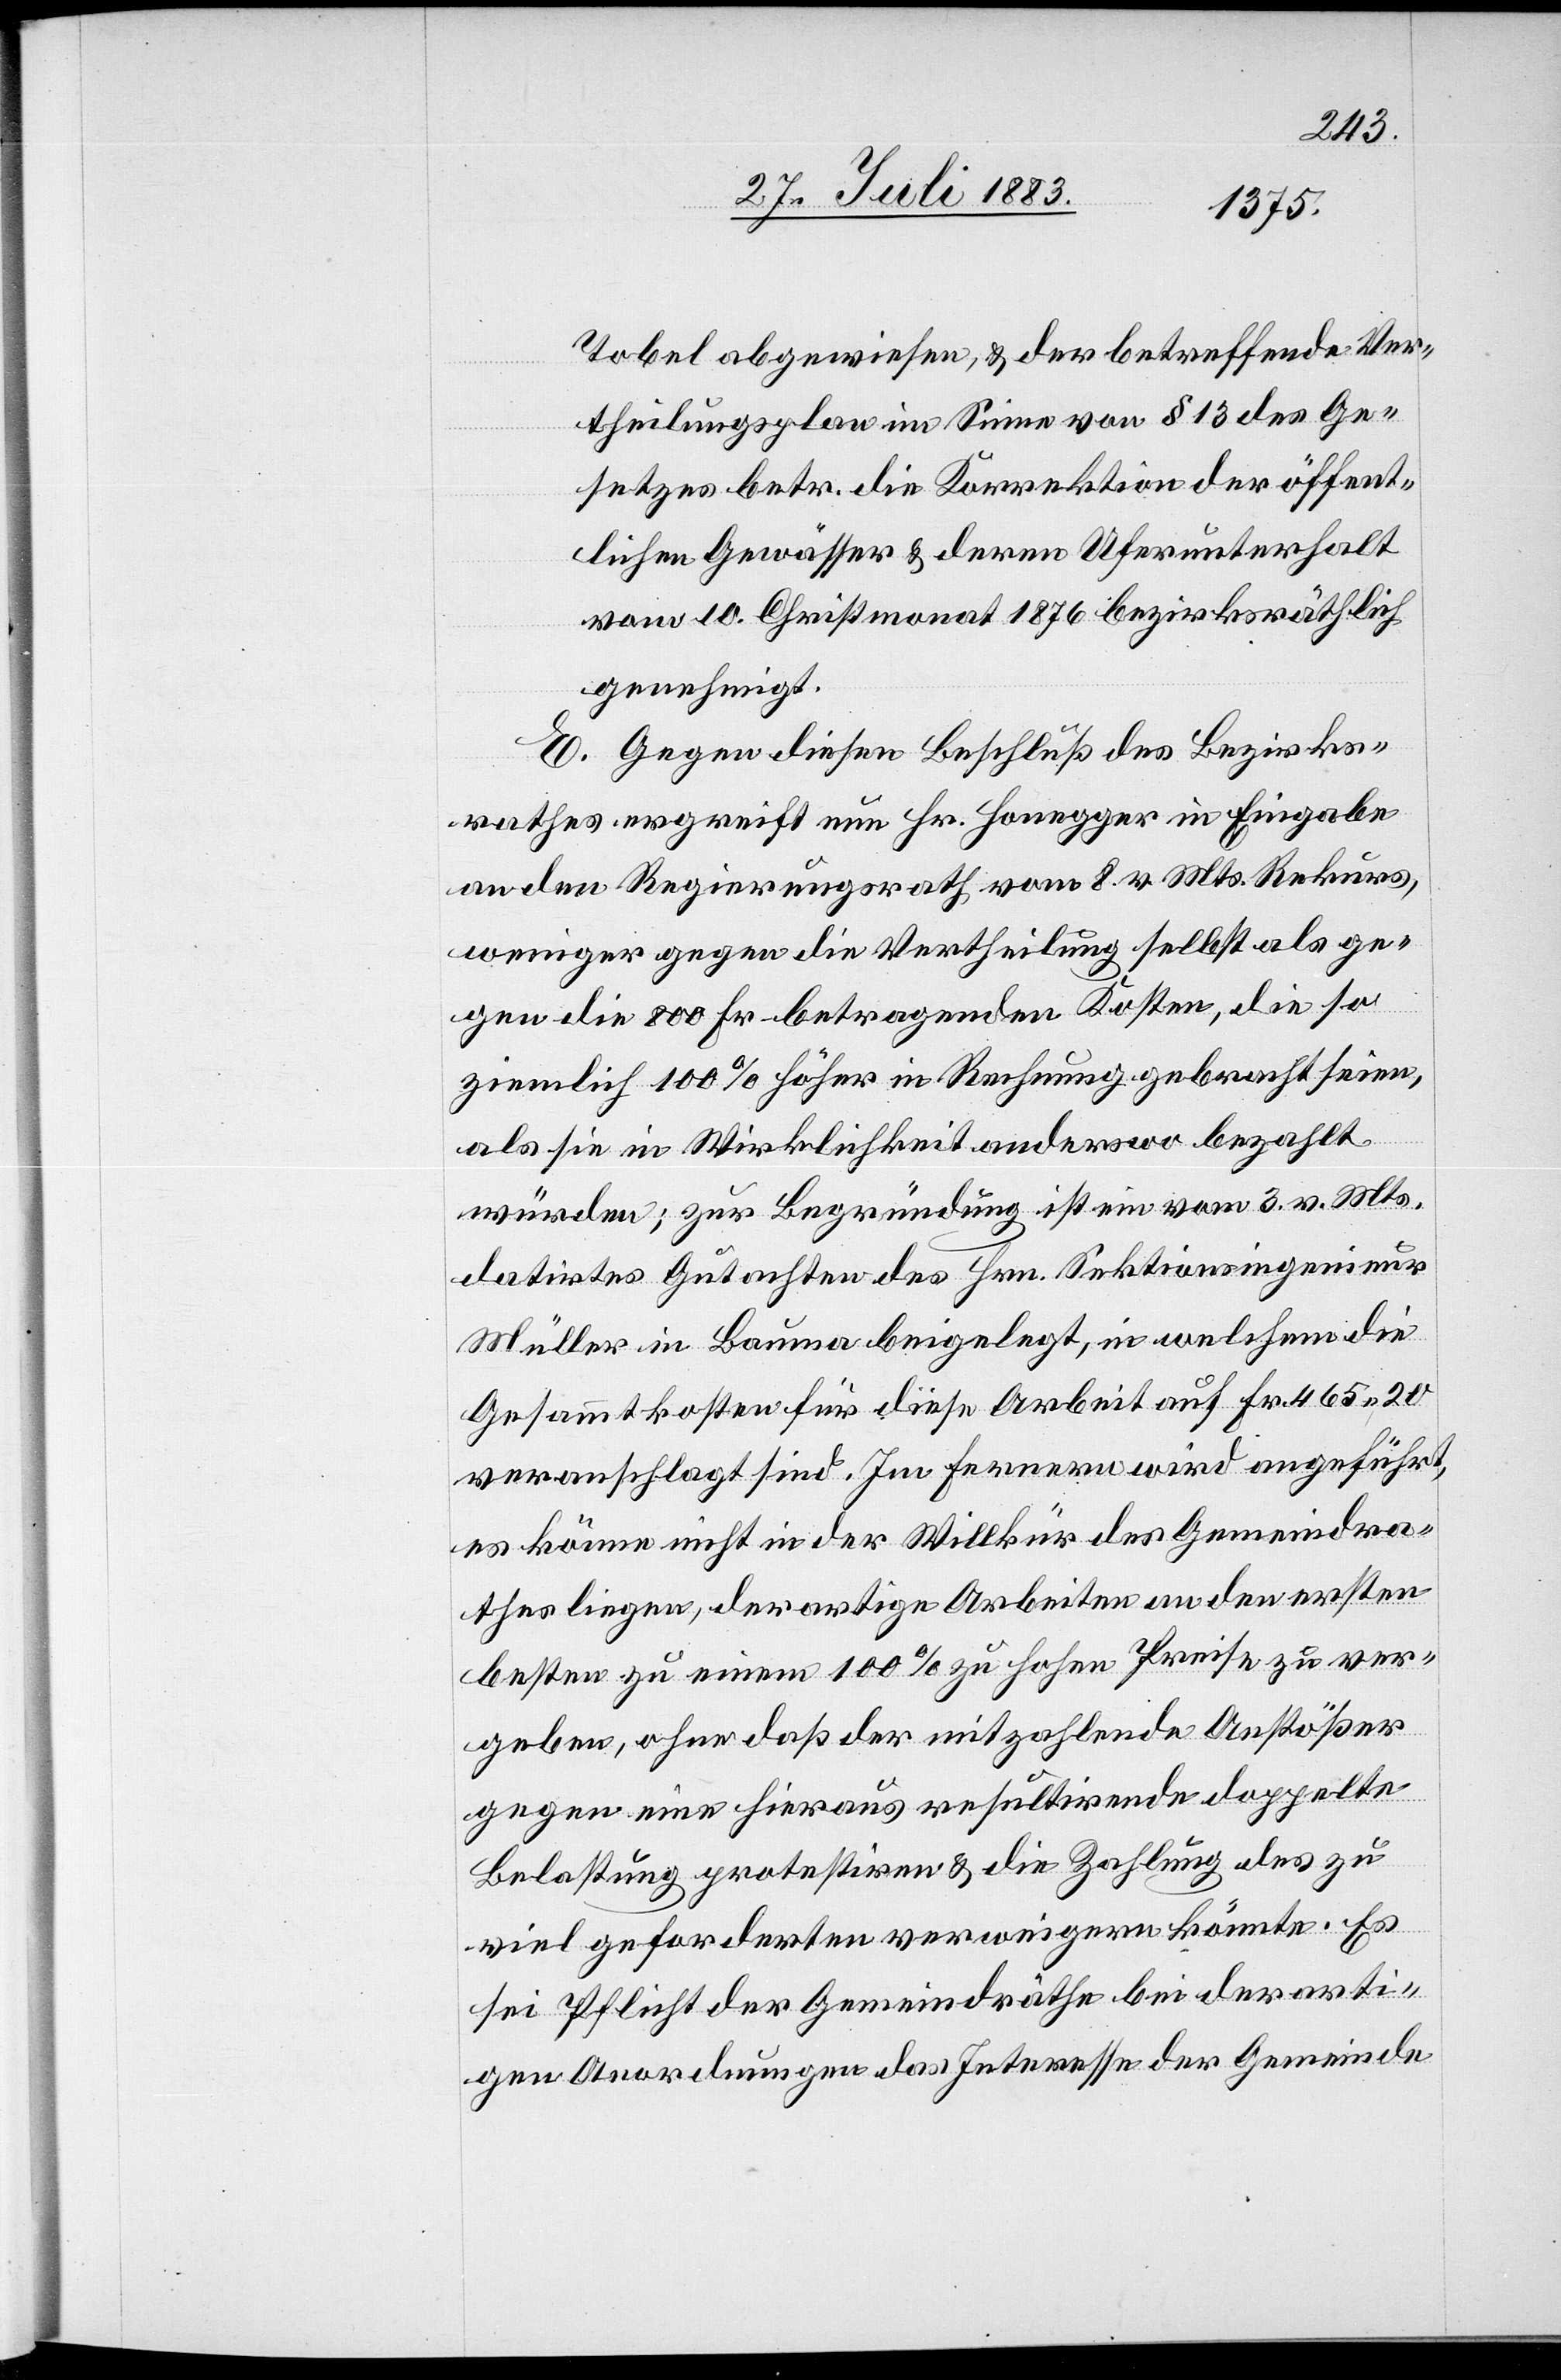
Tobel abgewiesen, & der betreffende Ver¬
theilungsplan im Sinne von § 13 des Ge¬
setzes betr. die Korrektion der öffent¬
lichen Gewässer & deren Uferunterhalt
vom 10. Christmonat 1876 bezirksräthlich
genehmigt.
E. Gegen diesen Beschluß des Bezirks¬
rathes ergreift nun Hr. Honegger in Eingabe
an den Regierungsrath vom 8. v. Mts. Rekurs,
weniger gegen die Vertheilung selbst als ge¬
gen die 800 Fr. betragenden Kosten, die so
ziemlich 100% höher in Rechnung gebracht seien,
als sie in Wirklichkeit anderswo bezahlt
würden; zur Begrünung ist ein vom 3. v. Mts.
datirtes Gutachten des Hrn. Sektionsingenieur
Müller in Bauma beigelegt, in welchem die
Gesammtkosten für diese Arbeit auf Fr. 465 20
veranschlagt sind. Im Fernern wird angeführt,
es könne nicht in der Willkür des Gemeindra¬
thes liegen, derartige Arbeiten an den ersten
besten zu einem 100% zu hohen Preise zu ver¬
geben, ohne daß der mitzahlende Anstößer
gegen eine hieraus resultirende doppelte
Belastung protestrien & die Zahlung des zu
viel geforderten verweigern könnte. Es
sei Pflicht der Gemeindräthe bei derarti¬
gen Anordnungen das Interesse der Gemeinde